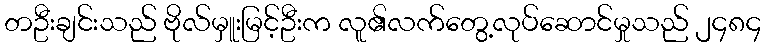
တဦးချင်းသည် ဗိုလ်မှူးမြင့်ဦးက လူ၏လက်တွေ့လုပ်ဆောင်မှုသည် ၂၄၈၄